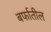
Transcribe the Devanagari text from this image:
बर्फातील